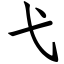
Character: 弋